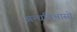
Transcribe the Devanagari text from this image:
अन्धविश्वासो